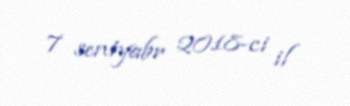
7 sentyabr 2018-ci il